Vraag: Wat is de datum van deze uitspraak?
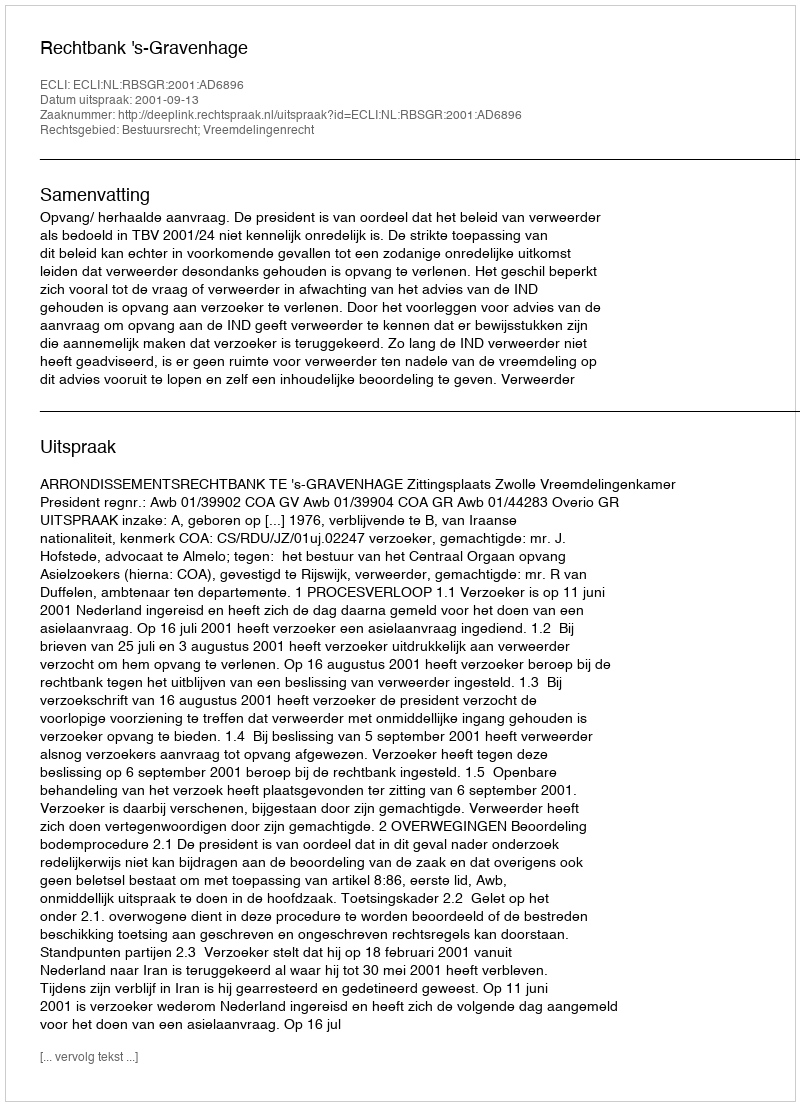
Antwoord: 2001-09-13